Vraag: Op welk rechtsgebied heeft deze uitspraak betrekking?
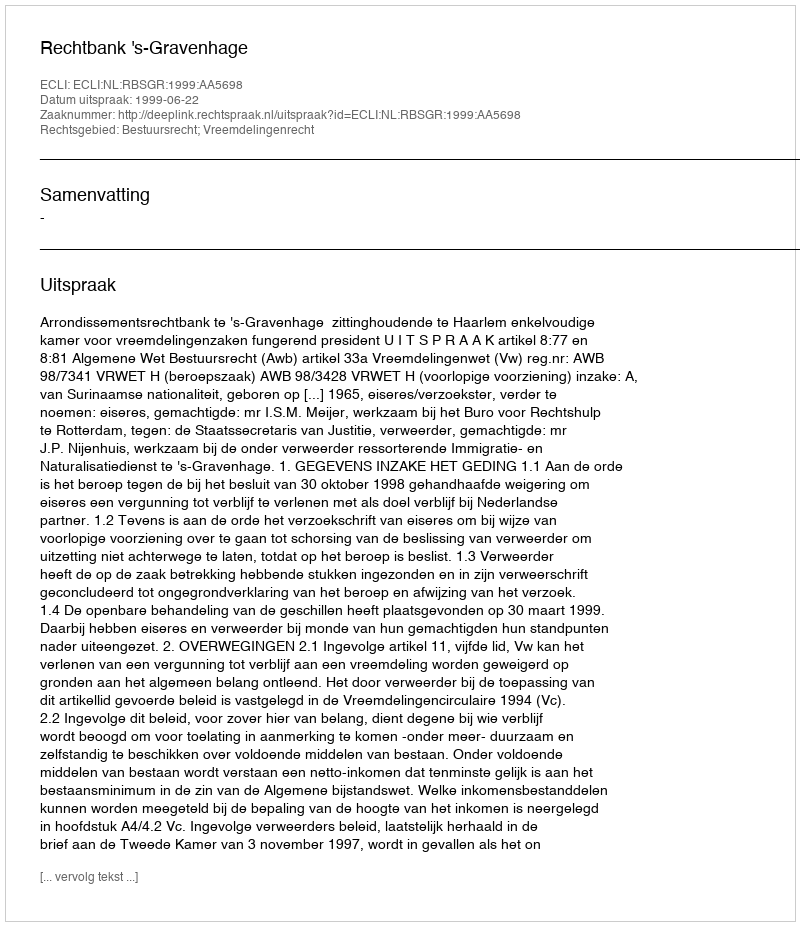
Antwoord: Bestuursrecht; Vreemdelingenrecht